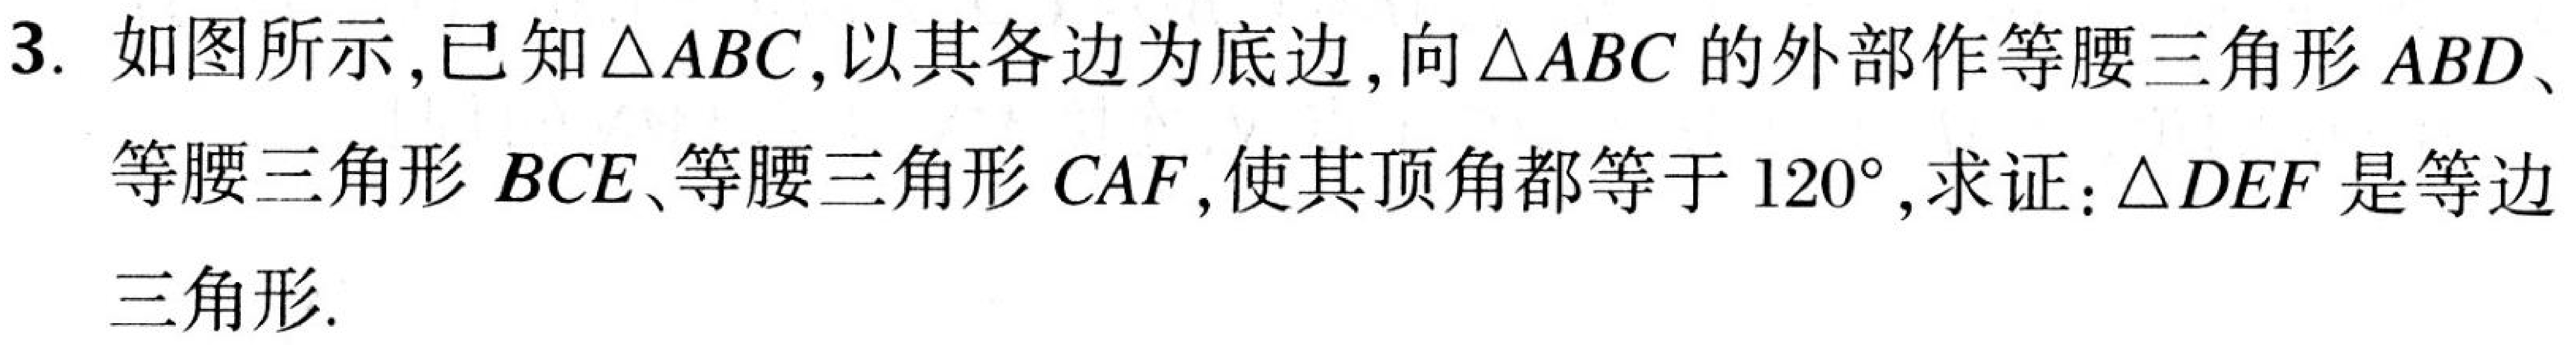
3. 如图所示,已知\(\triangle ABC\),以其各边为底边,向\(\triangle ABC\)的外部作等腰三角形\(ABD\)、等腰三角形\(BCE\)、等腰三角形\(CAF\),使其顶角都等于\(120^{\circ}\),求证:\(\triangle DEF\)是等边三角形.